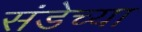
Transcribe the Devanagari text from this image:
संडेच्या